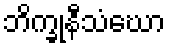
ဘိက္ခုနီသံဃော